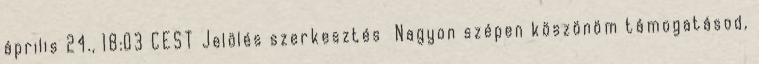
április 24., 18:03 CEST Jelölés szerkesztés Nagyon szépen köszönöm támogatásod,